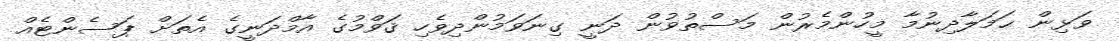
ވަޅިން ޙަމަލާދިނުމާ މީހުންމެރުން މަސްތުވުން ދަނީ ގިނަވަމުންދިވެހި ޤަވްމުގެ އާމްދަނީގެ އެތަށް ޕަސެންޓެއް